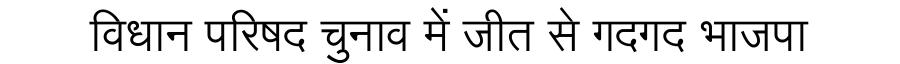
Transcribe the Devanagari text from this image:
विधान परिषद चुनाव में जीत से गदगद भाजपा